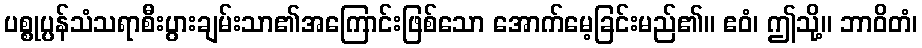
ပစ္စုပ္ပန်သံသရာစီးပွားချမ်းသာ၏အကြောင်းဖြစ်သော အောက်မေ့ခြင်းမည်၏။ ဧဝံ၊ ဤသို့။ ဘာဝိတံ၊